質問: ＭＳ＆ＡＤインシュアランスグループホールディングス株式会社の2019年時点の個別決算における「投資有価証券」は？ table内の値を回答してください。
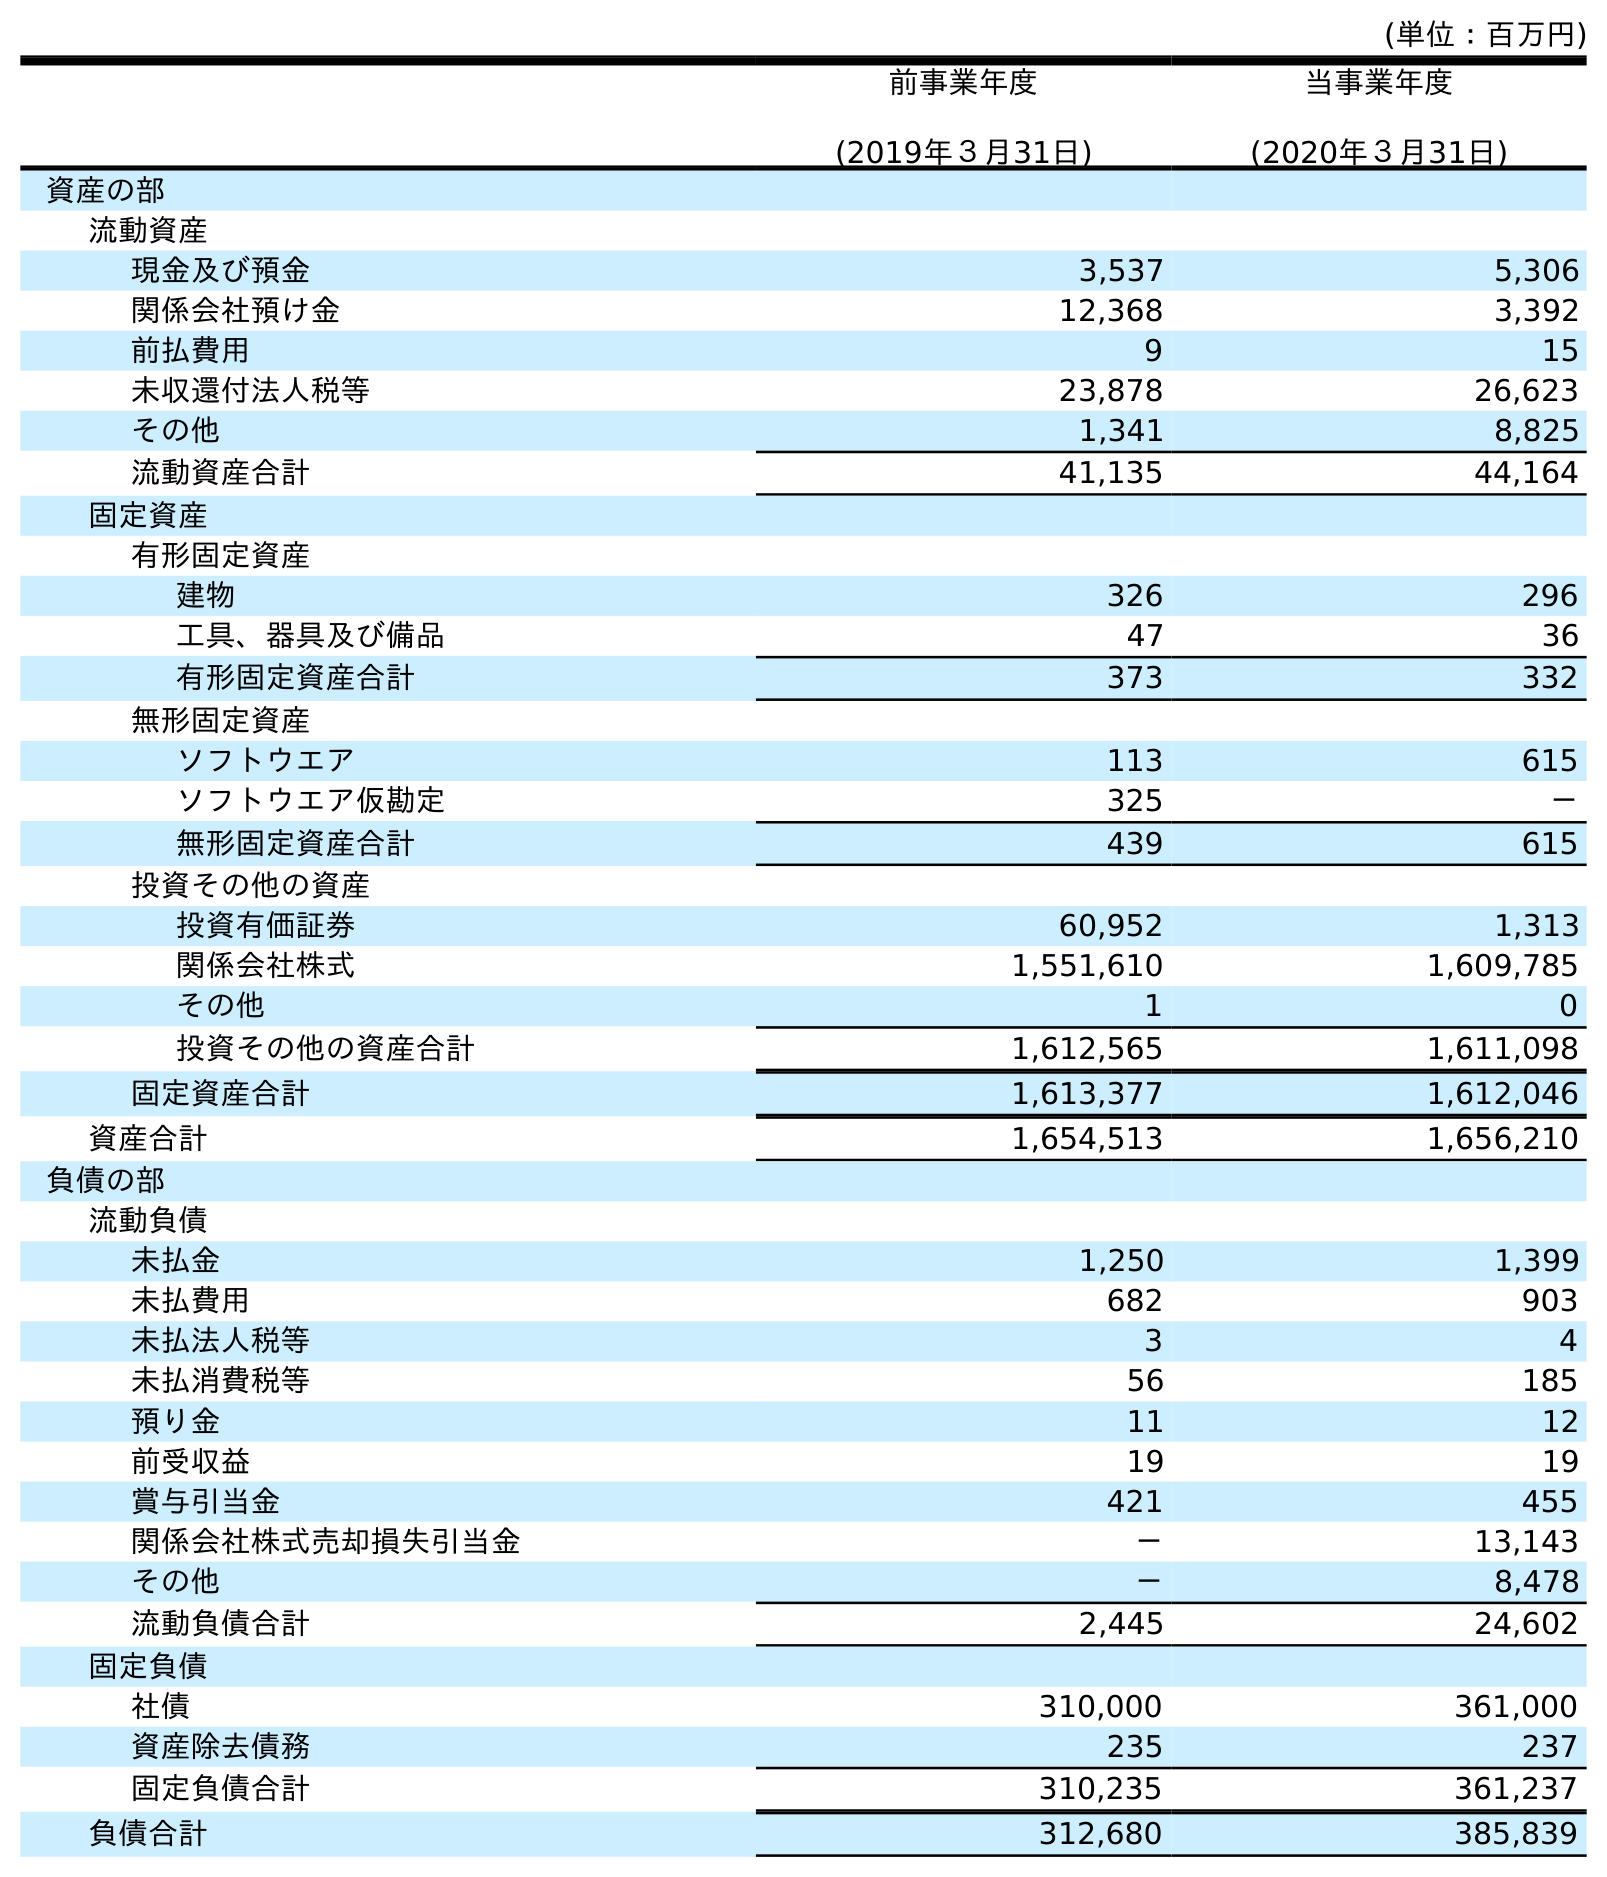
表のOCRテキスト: (単位：百万円) 前事業年度 (2019年３月31日) 当事業年度 (2020年３月31日) 資産の部 流動資産 現金及び預金 3,537 5,306 関係会社預け金 12,368 3,392 前払費用 9 15 未収還付法人税等 23,878 26,623 その他 1,341 8,825 流動資産合計 41,135 44,164 固定資産 有形固定資産 建物 326 296 工具、器具及び備品 47 36 有形固定資産合計 373 332 無形固定資産 ソフトウエア 113 615 ソフトウエア仮勘定 325 － 無形固定資産合計 439 615 投資その他の資産 投資有価証券 60,952 1,313 関係会社株式 1,551,610 1,609,785 その他 1 0 投資その他の資産合計 1,612,565 1,611,098 固定資産合計 1,613,377 1,612,046 資産合計 1,654,513 1,656,210 負債の部 流動負債 未払金 1,250 1,399 未払費用 682 903 未払法人税等 3 4 未払消費税等 56 185 預り金 11 12 前受収益 19 19 賞与引当金 421 455 関係会社株式売却損失引当金 － 13,143 その他 － 8,478 流動負債合計 2,445 24,602 固定負債 社債 310,000 361,000 資産除去債務 235 237 固定負債合計 310,235 361,237 負債合計 312,680 385,839
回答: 60,952